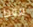
فقط